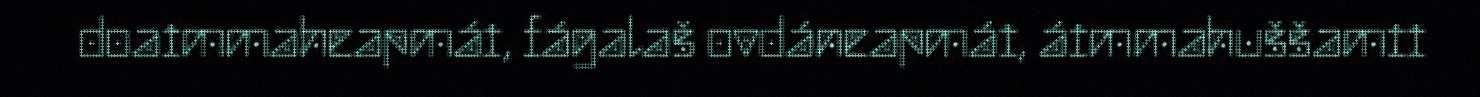
doaimmaheapmái, fágalaš ovdáneapmái, áimmahuššamii